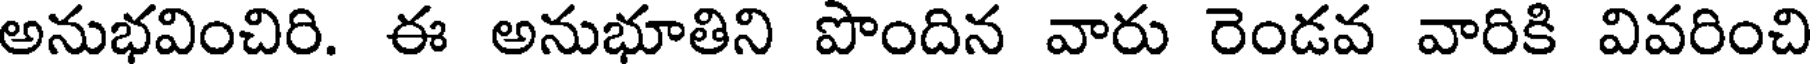
అనుభవించిరి. ఈ అనుభూతిని పొందిన వారు రెండవ వారికి వివరించి